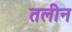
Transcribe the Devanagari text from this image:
तलीन